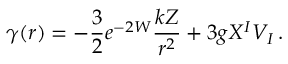
\gamma ( r ) = - \frac 3 2 e ^ { - 2 W } \frac { k Z } { r ^ { 2 } } + 3 g X ^ { I } V _ { I } \, .